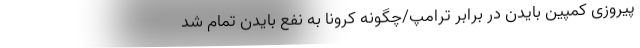
پیروزی کمپین بایدن در برابر ترامپ/چگونه کرونا به نفع بایدن تمام شد